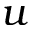
u